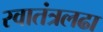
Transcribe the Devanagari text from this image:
स्वातंत्रलढा